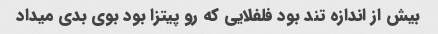
بیش از اندازه تند بود فلفلایی که رو پیتزا بود بوی بدی میداد